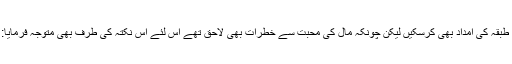
اپنا وقار باقی رکھیں اور اپنے اہل و عیال کے رزق کا انتظام کرتے رہیں اور اپنے سے پست طبقہ کی امداد بھی کرسکیں لیکن چونکہ مال کی محبت سے خطرات بھی لاحق تھے اس لئے اس نکتہ کی طرف بھی متوجہ فرمایا:’’دیکھو طلب معیشت کو بیکار آدمی سے زیادہ اور دنیا کے حریص آدمی سے کم ہونا چاہیے۔